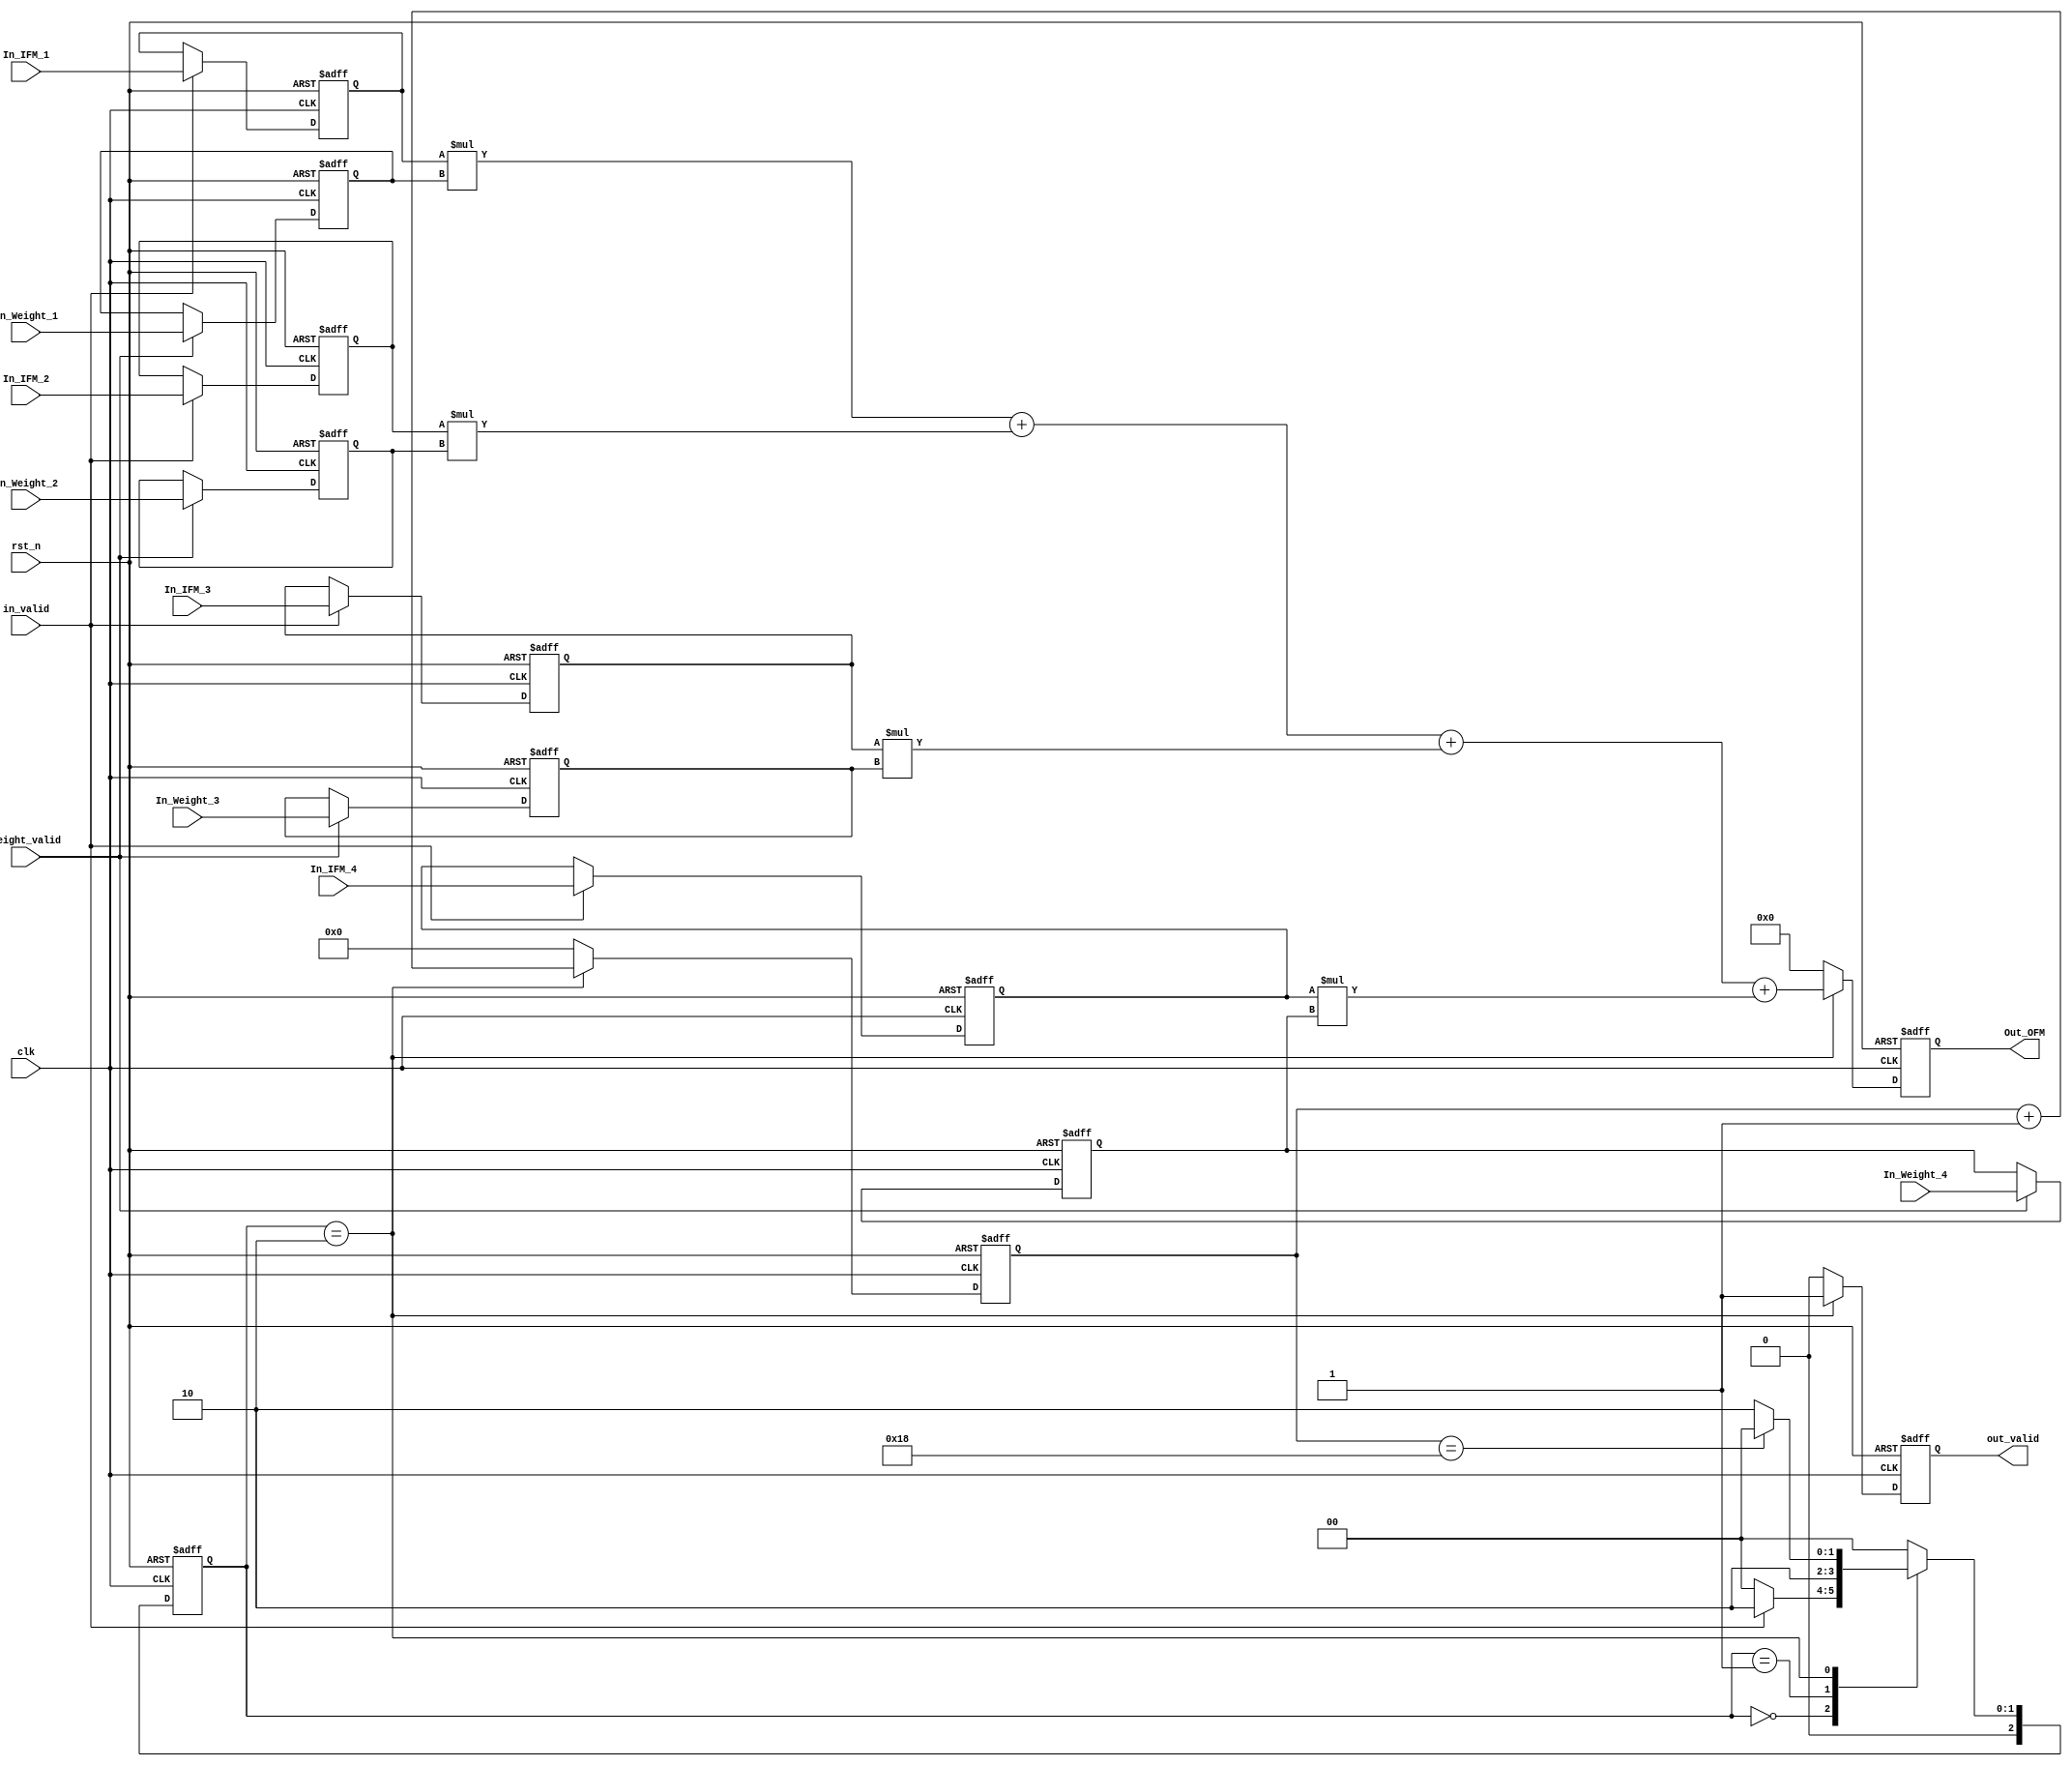
//==============================================
//==============================================				
//----------------------------------------------
//												
//	Module Name		:	Con_2x2						
//	Release version	:	v1.0					
//												
//----------------------------------------------								
//----------------------------------------------											
//	Input	:	clk,
//				rst_n,
//              IFM,
//				Weights,					
//												
//	Output	:	OFM,
//				out_valid					
//==============================================
//==============================================
module Convolution_example(
    //Input Port
    clk,
    rst_n,
	in_valid,
	weight_valid,
	In_IFM_1,
	In_IFM_2,
	In_IFM_3,
	In_IFM_4,	
	In_Weight_1,
	In_Weight_2,
	In_Weight_3,
	In_Weight_4,	
    //Output Port
    out_valid, 
	Out_OFM
    );

//---------------------------------------------------------------------
//   PORT DECLARATION
//---------------------------------------------------------------------
input clk, rst_n;
input in_valid;
input weight_valid;
input[7:0]In_IFM_1;
input[7:0]In_IFM_2;
input[7:0]In_IFM_3;
input[7:0]In_IFM_4;
input[7:0]In_Weight_1;
input[7:0]In_Weight_2;
input[7:0]In_Weight_3;
input[7:0]In_Weight_4;
output reg out_valid;
output reg [17:0]Out_OFM;


reg [2:0] state_cs, state_ns;
parameter IDLE = 3'd0;
parameter IN_DATA = 3'd1;
parameter EXE = 3'd2;
reg [7:0]IFM_1;
reg [7:0]IFM_2;
reg [7:0]IFM_3;
reg [7:0]IFM_4;
	
reg [7:0]Weight_1;
reg [7:0]Weight_2;
reg [7:0]Weight_3;
reg [7:0]Weight_4;


reg [4:0] count_out;
always@(posedge clk or negedge rst_n) begin
	if(!rst_n)
		state_cs <= IDLE;
	else
		state_cs <= state_ns;
end

always@(*) begin
	case(state_cs)
		IDLE:
		begin
			if(in_valid)
				state_ns = EXE;
			else
				state_ns = IDLE;
		end
		
		IN_DATA:
		begin
			state_ns = EXE;
		end
		EXE:
		begin
			if(count_out == 24)
				state_ns = IDLE;
			else
				state_ns = EXE;
		end
		default:
			state_ns = IDLE;
	endcase
end

always@(posedge clk or negedge rst_n) begin
	if(!rst_n) begin
		Weight_1 <= 0 ;
        Weight_2 <= 0 ;
        Weight_3 <= 0 ;
        Weight_4 <= 0 ;

	end
	
	else if(weight_valid) begin
		Weight_1 <= In_Weight_1;
        Weight_2 <= In_Weight_2;
        Weight_3 <= In_Weight_3;
        Weight_4 <= In_Weight_4;

	end
end

always@(posedge clk or negedge rst_n) begin
	if(!rst_n) begin
		IFM_1  <= 0;
        IFM_2  <= 0;
        IFM_3  <= 0;
        IFM_4  <= 0;

	end
	
	else if(in_valid) begin
		IFM_1  <= In_IFM_1 ;
        IFM_2  <= In_IFM_2 ;
        IFM_3  <= In_IFM_3 ;
        IFM_4  <= In_IFM_4 ;

	end
end

always@(posedge clk or negedge rst_n) begin
	if(!rst_n)
		count_out <= 0;
	else if(state_cs == EXE)
		count_out <= count_out + 1;
	else
		count_out <= 0;
end
always@(posedge clk or negedge rst_n) begin
	if(!rst_n)
		out_valid <= 0;
	else if(state_cs == EXE)
		out_valid <= 1;
	else
		out_valid <= 0;
end

always@(posedge clk or negedge rst_n) begin
	if(!rst_n)
		Out_OFM <= 0;
	else if(state_cs == EXE) begin
		Out_OFM <= IFM_1*Weight_1
				  +IFM_2*Weight_2
				  +IFM_3*Weight_3
				  +IFM_4*Weight_4;
	end
	else
		Out_OFM <= 0;
end
endmodule